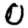
Digit: 0